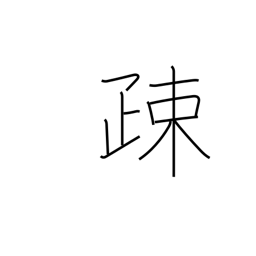
Meaning: alienate